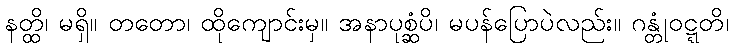
နတ္ထိ၊ မရှိ။ တတော၊ ထိုကျောင်းမှ။ အနာပုစ္ဆံပိ၊ မပန်ပြောပဲလည်း။ ဂန္တုံဝဋ္ဋတိ၊